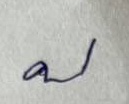
บ